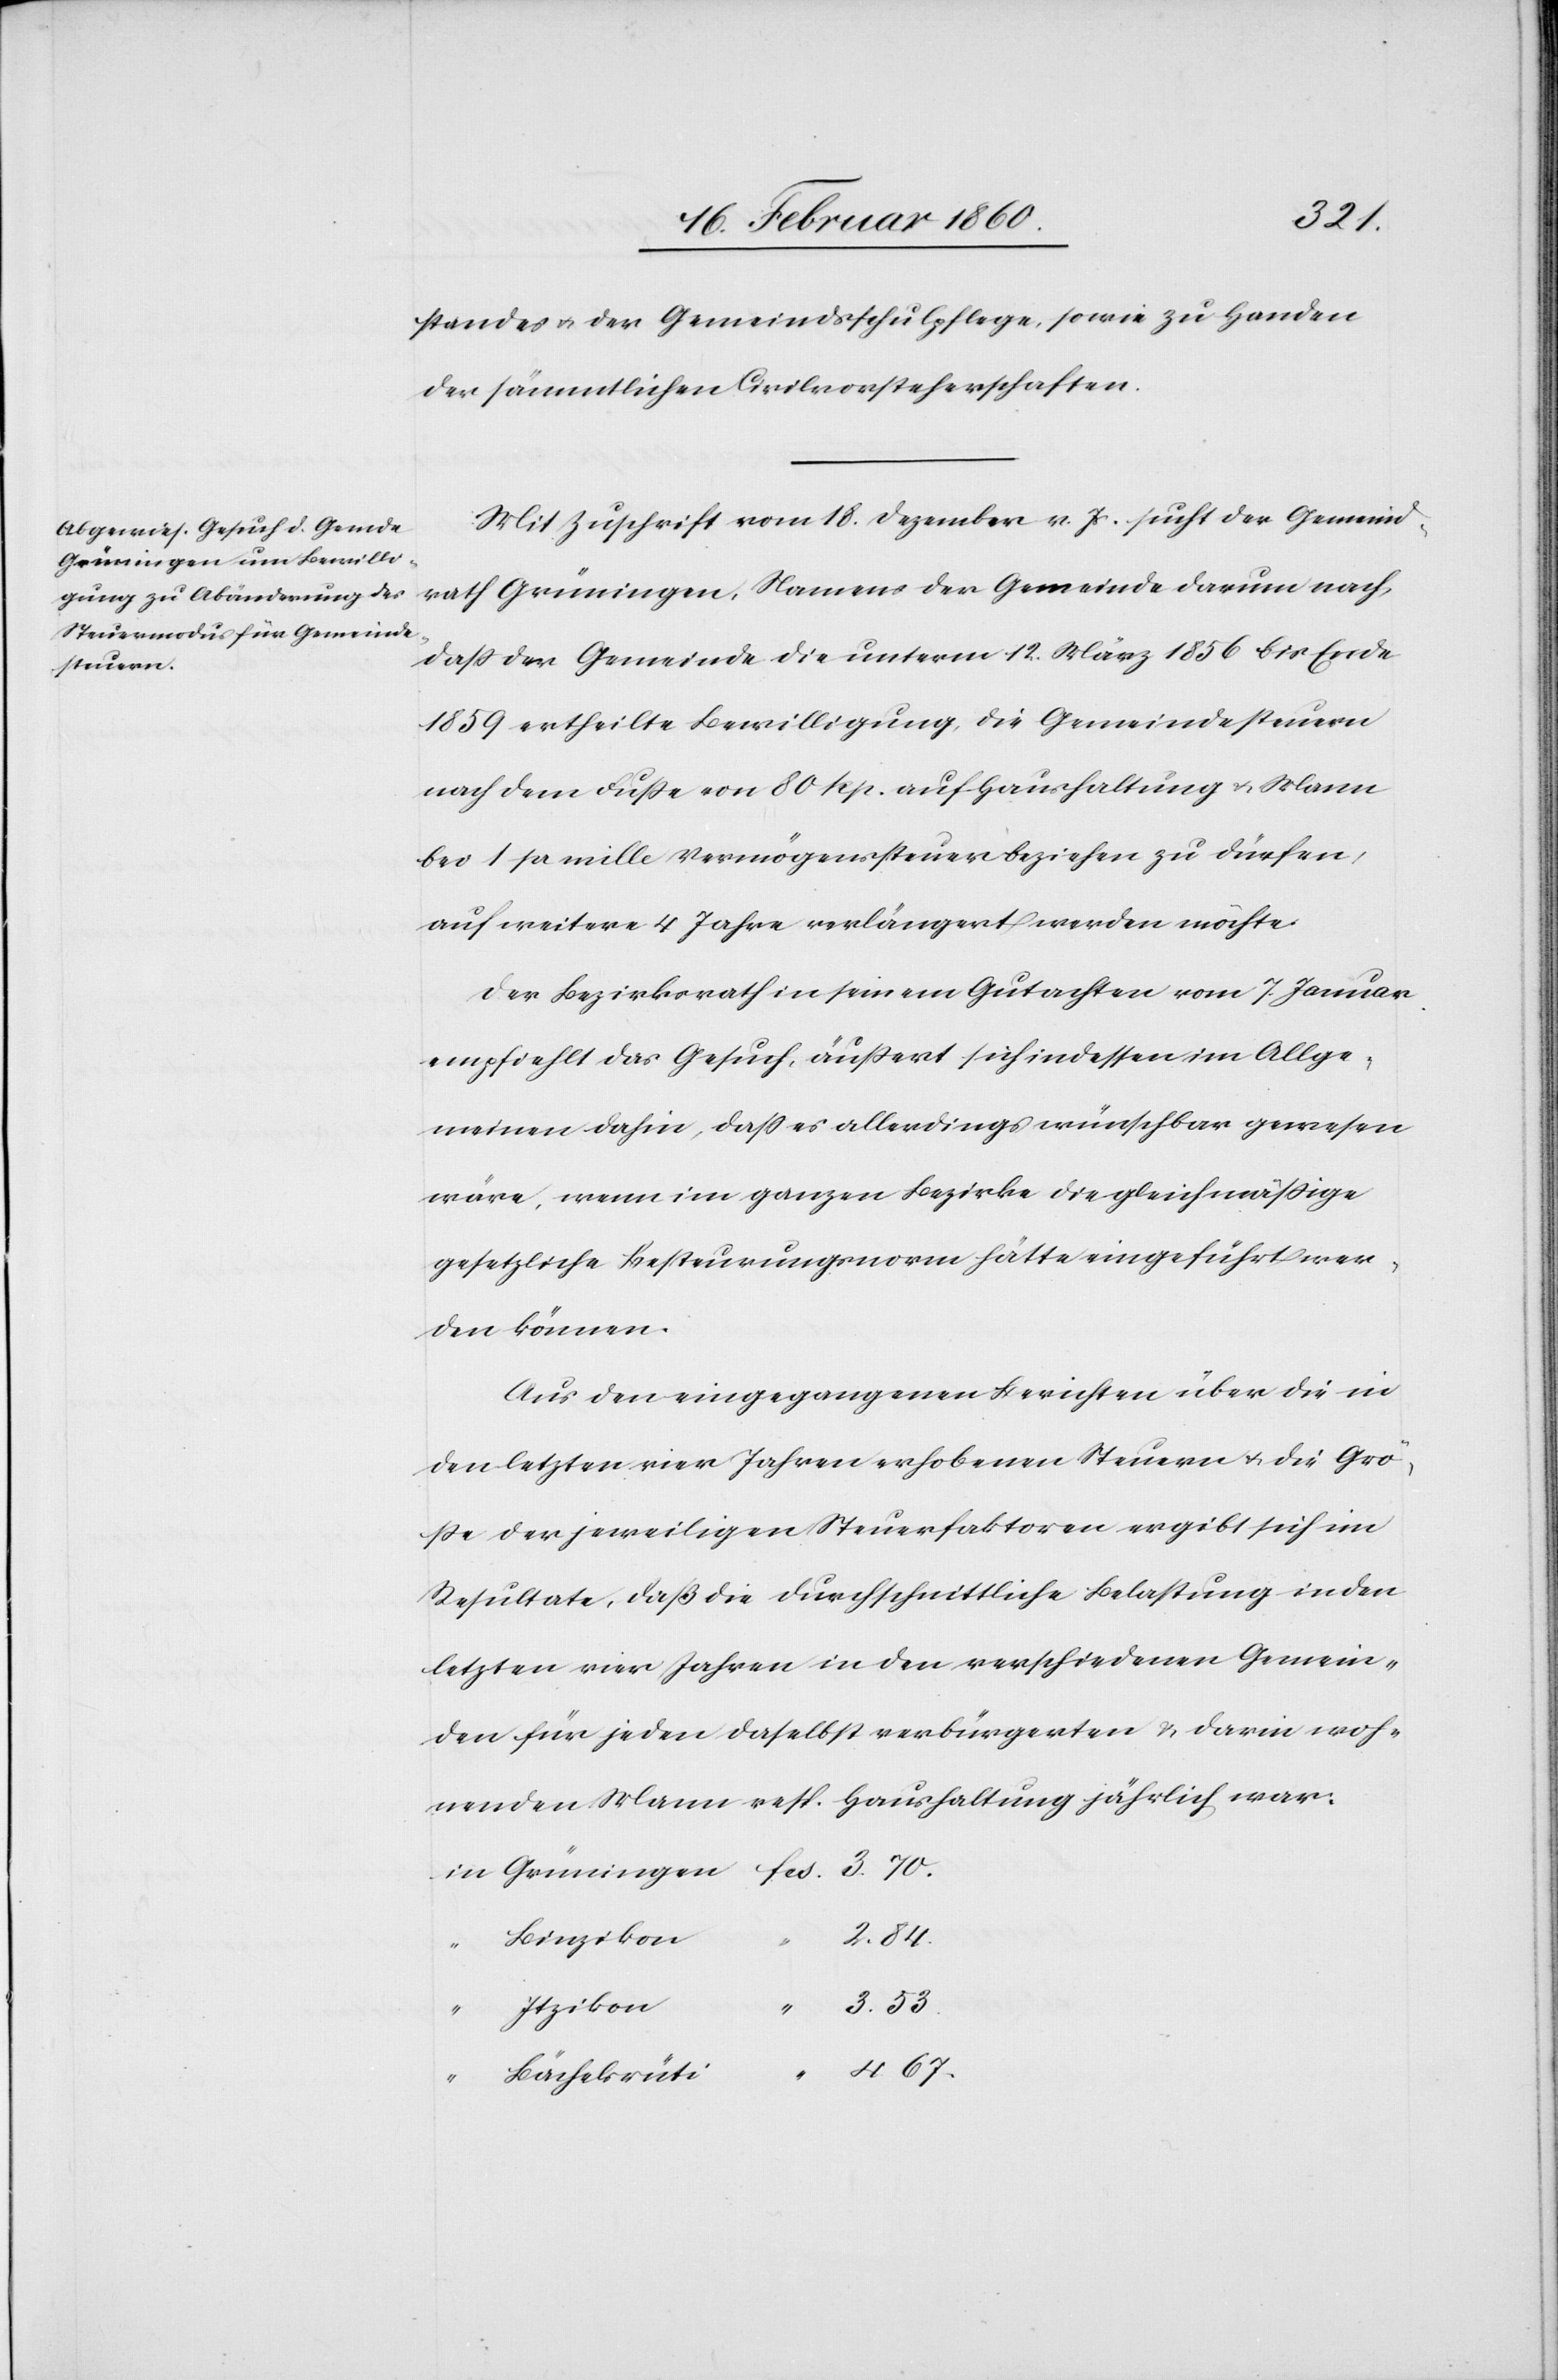
standes u. der Gemeindsschulpflege, sowie zu Handen
der sämmtlichen Civilvorsteherschaften.
Mit Zuschrift vom 18. Dezember v. Js. sucht der Gemeind¬
rath Grüningen, Namens der Gemeinde darum nach,
dass der Gemeinde die unterm 12. März 1856 bis Ende
1859 ertheilte Bewilligung, die Gemeindesteuern
nach dem Fusse von 80 Rp. auf Haushaltung u. Mann
bei 1 pr. Mille Vermögenssteuer beziehen zu dürfen,
auf weitere 4 Jahre verlängert werden möchte.
Der Bezirksrath in sein im Gutachten vom 7. Januar
empfiehlt das Gesuch, äußert sich indessen im Allge¬
meinen dahin, dass es allerdings wünschbar gewesen
wäre, wenn im ganzen Bezirke die gleichmäßige
gesetzliche Besteurung hätte eingeführt wer¬
den können.
Aus den eingegangenen Berichten über die in
den letzten vier Jahren erhobenen Steuern u. die Grös¬
se der jeweiligen Steuerfaktoren ergibt sich im
Resultate, dass die durchschnittliche Belastung in den
letzten vier Jahren in den verschiedenen Gemein¬
den für jeden daselbst verbürgerten u. darin woh¬
nenden Mann resp. Haushaltung jährlich war:
2. 84.
Binzikon
3. 53.
Itzikon
“
Bächelrüti
4.